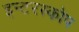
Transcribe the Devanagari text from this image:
इन्टरस्कोप